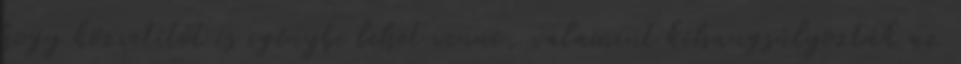
hogy közvetítőt is igénybe lehet venni, valamint kihangsúlyozták az